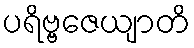
ပရိဗ္ဗဇေယျာတိ